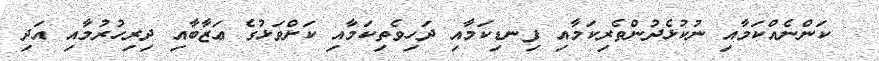
ކަންނެއްކަމާއި ނުކުޅެދުންތެރިކަމާއި ފިނޑިކަމާއި ދަހިވެތިކަމާއި ކަށްވަޅުގެ ޢަޒާބާއި ދިރިހުރުމާއި އަދި